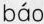
báo